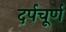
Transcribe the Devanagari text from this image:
दर्पचूर्ण